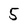
Character: 5